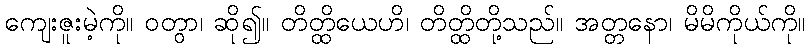
ကျေးဇူးမဲ့ကို။ ဝတွာ၊ ဆို၍။ တိတ္ထိယေဟိ၊ တိတ္ထိတို့သည်။ အတ္တနော၊ မိမိကိုယ်ကို။